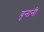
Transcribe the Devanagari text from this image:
य़ूनानी